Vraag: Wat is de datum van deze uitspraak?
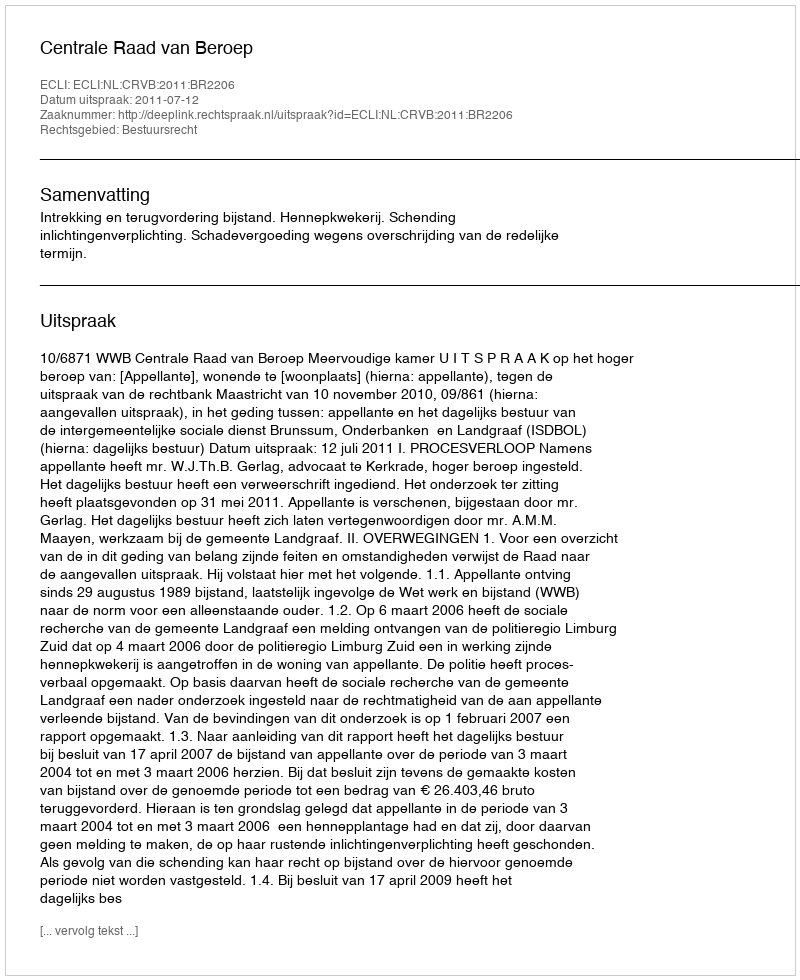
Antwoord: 2011-07-12